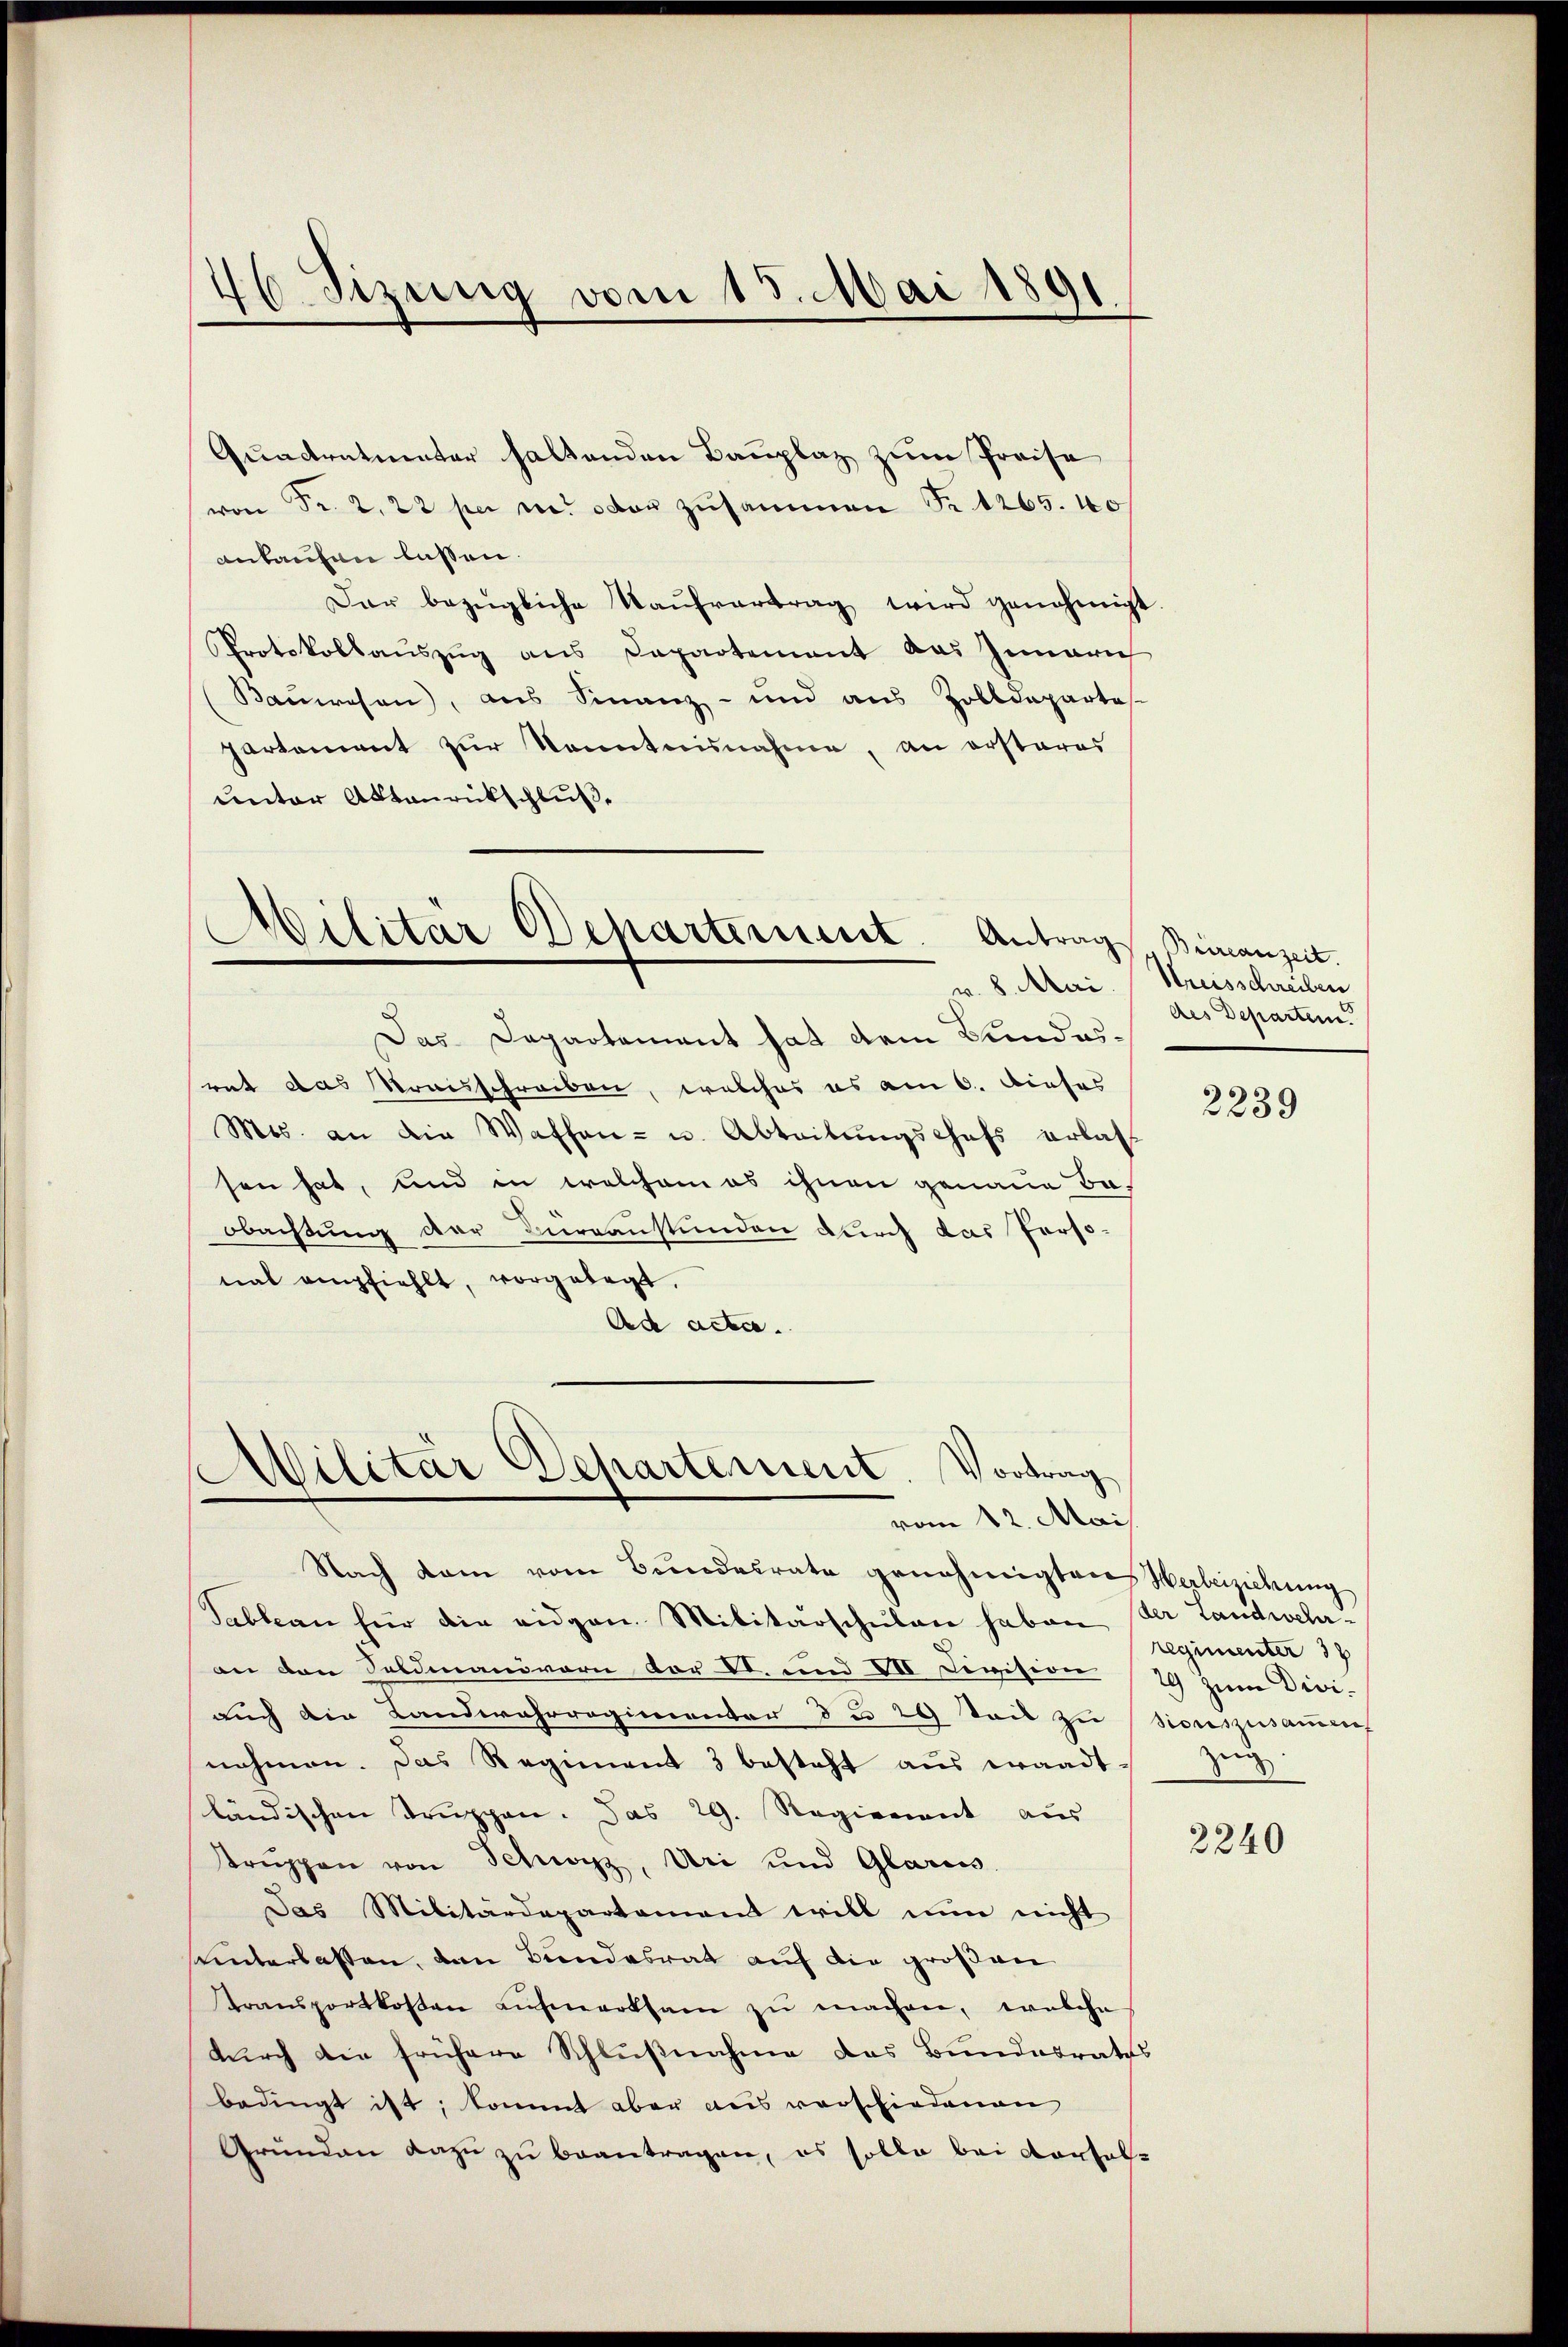
46 Sizung vom 15. Mai 1891

Quadratmeter haltenden Bauplaz zum Preise
von Fr. 2. 22 per v. oder zusammen Fr. 1265. 40
anbauhen lassen.
Dar bezügliche Kaŭfvertrag wird genehmigt
Protokollauszug aus Departement das Innerich
Bauwesen), aus Finanz- und aus Zolldepartes.
partement zŭr Kenntnisnahme, an ersteres
unter Aktenrückschluße

d
Dilitär Departement. Antrag Beinanzeit.
v. 8. Mai

Das Departement hat dem Bundesrat das Kraisschreiben, welches es am 6. Dieses
Mts. an die Waffen- u. Abteilungschefs erlassen hat, und in welchem es ihnen genaue Be-
obachtung der Bureaustünden durch das Personal empfiehlt, vorgelegt.
Ad acte.

Militar Departement. Vortrag
vom 12. Mai

Nach kam vom Bundesrate genehmigten Verbeiziehung
Sableau für die eidgen. Militärschulen haben, der Landwelan den Feldmanövern vor VI. und VII Devision (19 zum Divi-
auch die Landwahrregimentar du 29 Seit zu sicuszusamen
nehmen. Das Regiment 3 besteht aus waadt.
ländischen Truppen. Das 29. Regierent aus
Trŭppen von Schwyz, Uri und Glariu
Das Militärdepartement will nun nicht
unterlassen, den Bundesrat auf die großen
transportkosten aŭfmerksam zŭ machen, welche
durch die frühere Schlußnahme das Bundesraths
bedingt ist, kommt aber aus vorschiedenen
Grunden dazu zu beantragen, es solle bei Vorfal-

Kreisschreiben
des Departen

2239

regimenter 38
zeug

2240